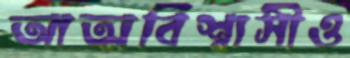
আত্মবিশ্বাসীও